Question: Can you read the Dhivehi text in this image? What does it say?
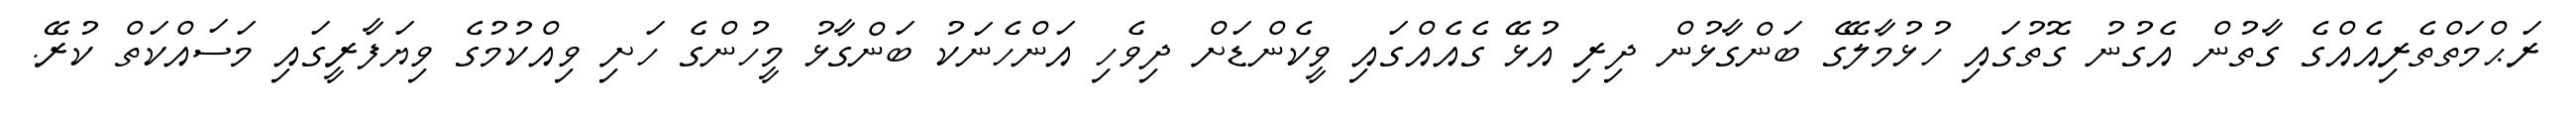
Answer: ރަޙްމަތްތެރިއެއްގެ ގާތުން އެގުނު ގޮތުގައި ހުޅުމާލޭގެ ބަންގާޅުން ދިރި އުޅޭ ގެއެއްގައި ވީކެންޑަށް ދިވެހި އަންހެނަކު ބަންގާޅު މީހުންގެ ހަށި ވިއްކުމުގެ ވިޔަފާރީގައި މަސައްކަތް ކުރޭ.